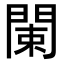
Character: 𨴨